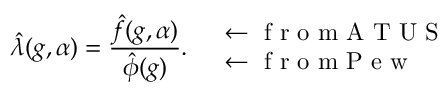
\hat { \lambda } ( g , \alpha ) = \frac { \hat { f } ( g , \alpha ) } { \hat { \phi } ( g ) } . \quad \begin{array} { l } { \leftarrow \mathrm { ~ f ~ r ~ o ~ m ~ A ~ T ~ U ~ S ~ } } \\ { \leftarrow \mathrm { ~ f ~ r ~ o ~ m ~ P ~ e ~ w ~ } } \end{array}